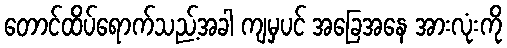
တောင်ထိပ်ရောက်သည့်အခါ ကျမှပင် အခြေအနေ အားလုံးကို